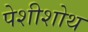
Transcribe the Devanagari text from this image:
पेशीशोथ